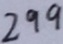
2 9 9